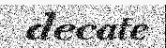
decate